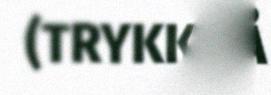
(TRYKK PÅ